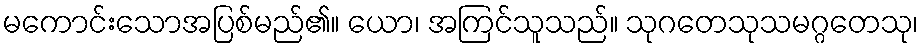
မကောင်းသောအပြစ်မည်၏။ ယော၊ အကြင်သူသည်။ သုဂတေသုသမဂ္ဂတေသု၊